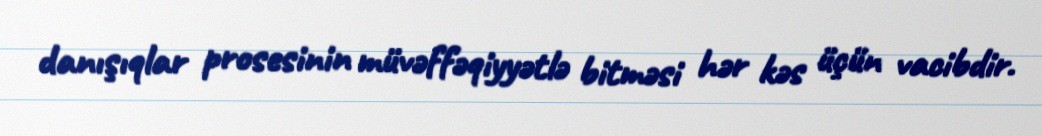
danışıqlar prosesinin müvəffəqiyyətlə bitməsi hər kəs üçün vacibdir.